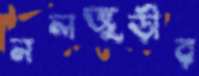
নলজুড়ীর